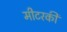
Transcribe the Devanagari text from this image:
मीटरकी